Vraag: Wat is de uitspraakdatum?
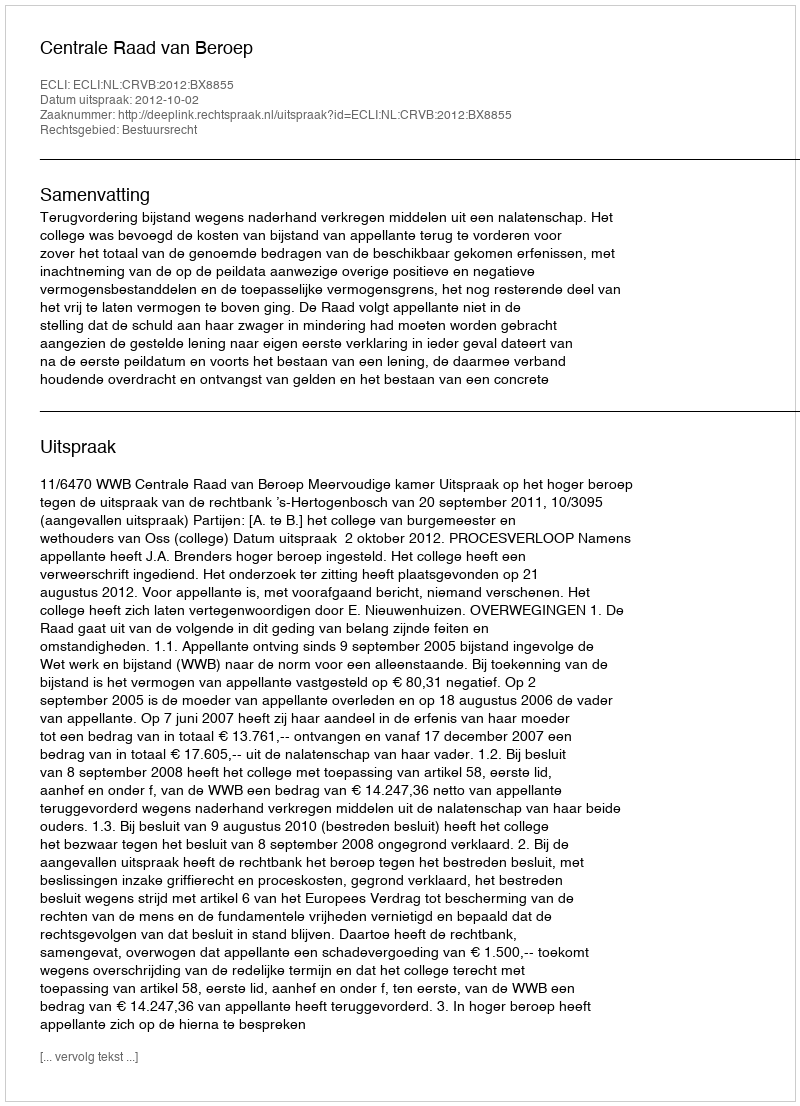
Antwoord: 2012-10-02